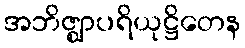
အဘိဇ္ဈာပရိယုဋ္ဌိတေန